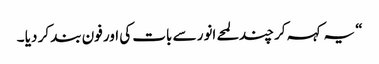
“ یہ کہہ کر چند لمحے انور سے بات کی اور فون بند کر دیا ۔